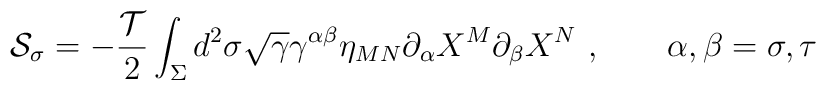
{\cal S}_\sigma = -\frac{{\cal T}}{2}\int_\Sigma d^2\sigma \sqrt{\gamma}\gamma^{\alpha\beta}\eta_{MN}\partial_\alpha X^M \partial_\beta X^N~,\qquad \alpha, \beta =\sigma, \tau